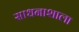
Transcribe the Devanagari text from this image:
साधनाशाला